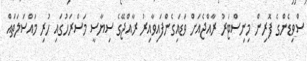
ސްވިޑެންގެ ފޮރިން މިނިސްޓަރު ރާއްޖެއަށް ވަޑައިގެންފައިވާއިރު ރާއްޖޭގެ ސިޔާސީ މަސްރަހުގައި ހުރި މައްސަލަތައް